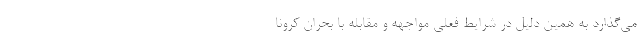
می‌گذارد به همین دلیل در شرایط فعلی مواجهه و مقابله با بحران کرونا